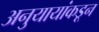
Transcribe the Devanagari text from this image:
अनुयायांकडून